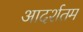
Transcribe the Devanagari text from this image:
आदर्शतम